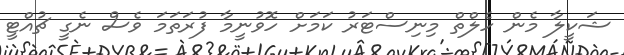
ޝަކީލާ މެން ހެލްތް މިނިސްޓަރު ކަމަށް ހޮވުނީމާ ފުރަތަމަ ވެސް ނެގީ ޗުއްޓީ